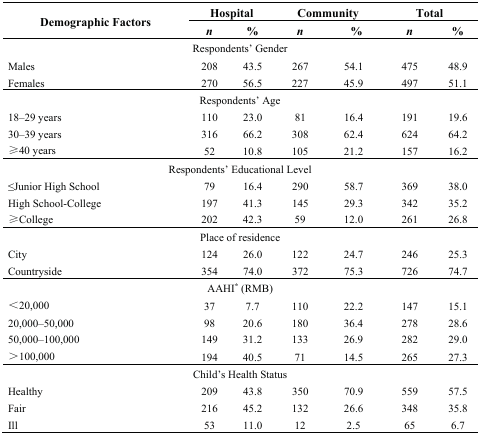
| <ROWSPAN=2> Demographic Factors | <COLSPAN=2> Hospital | <COLSPAN=2> Community | <COLSPAN=2> Total |
 | n | % | n | % | n | % |
 | --- | --- | --- | --- | --- | --- | --- |
 | <COLSPAN=7> Respondents’ Gender |
 | Males | 208 | 43.5 | 267 | 54.1 | 475 | 48.9 |
 | Females | 270 | 56.5 | 227 | 45.9 | 497 | 51.1 |
 | <COLSPAN=7> Respondents’ Age |
 | 18–29 years | 110 | 23.0 | 81 | 16.4 | 191 | 19.6 |
 | 30–39 years | 316 | 66.2 | 308 | 62.4 | 624 | 64.2 |
 | ≥40 years | 52 | 10.8 | 105 | 21.2 | 157 | 16.2 |
 | <COLSPAN=7> Respondents’ Educational Level |
 | ≤Junior High School | 79 | 16.4 | 290 | 58.7 | 369 | 38.0 |
 | High School-College | 197 | 41.3 | 145 | 29.3 | 342 | 35.2 |
 | ≥College | 202 | 42.3 | 59 | 12.0 | 261 | 26.8 |
 | <COLSPAN=7> Place of residence |
 | City | 124 | 26.0 | 122 | 24.7 | 246 | 25.3 |
 | Countryside | 354 | 74.0 | 372 | 75.3 | 726 | 74.7 |
 | <COLSPAN=7> AAHI* (RMB) |
 | <20,000 | 37 | 7.7 | 110 | 22.2 | 147 | 15.1 |
 | 20,000–50,000 | 98 | 20.6 | 180 | 36.4 | 278 | 28.6 |
 | 50,000–100,000 | 149 | 31.2 | 133 | 26.9 | 282 | 29.0 |
 | >100,000 | 194 | 40.5 | 71 | 14.5 | 265 | 27.3 |
 | <COLSPAN=7> Child’s Health Status |
 | Healthy | 209 | 43.8 | 350 | 70.9 | 559 | 57.5 |
 | Fair | 216 | 45.2 | 132 | 26.6 | 348 | 35.8 |
 | Ill | 53 | 11.0 | 12 | 2.5 | 65 | 6.7 |